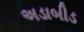
અડાબીડ